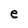
Character: e